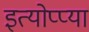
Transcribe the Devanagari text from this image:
इत्योप्प्या